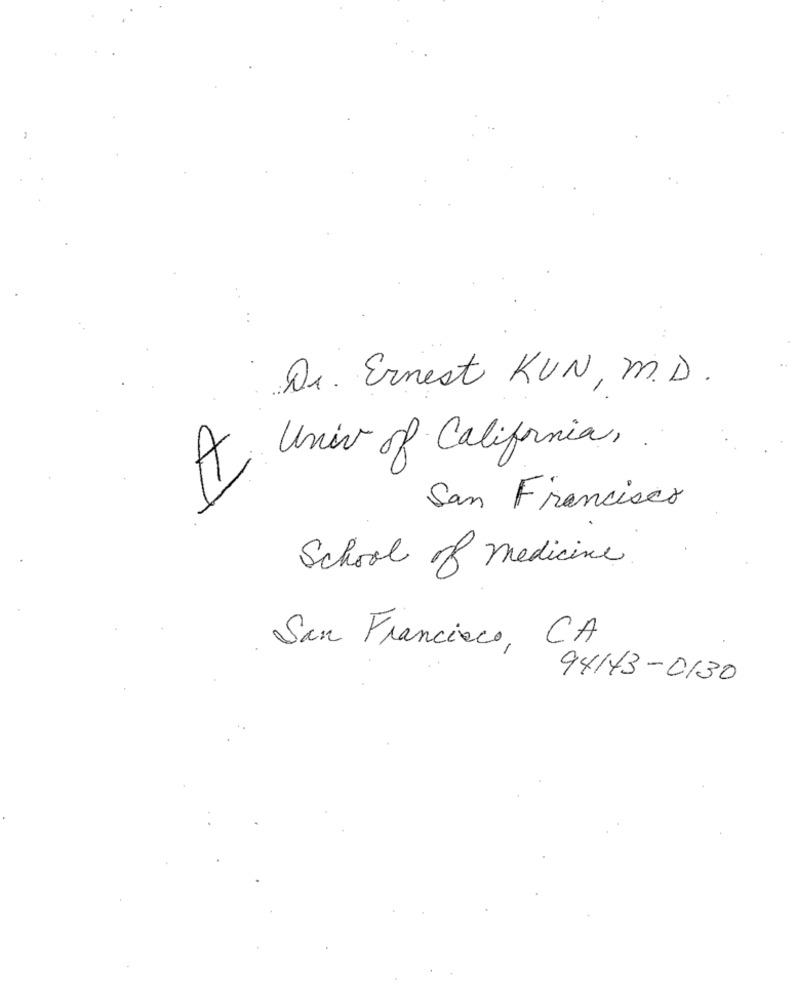
Dr. Ernest KUN, M.D.
A, Univ of California, .
San Francisco
School of medicine
San Francisco, CA
94143-0130